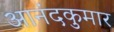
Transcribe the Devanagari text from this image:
आनंदकुमार